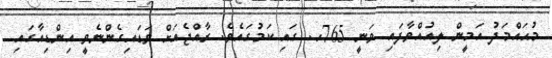
މުޙައްމަދު އަމީން ލިއުއްވާފައި ވަނީ 765ހ. ގައި ކަމުގައެވެ. ރާއްޖެއަށް ވަޑައިގެންނެވީ އިންޑިއާގައި